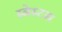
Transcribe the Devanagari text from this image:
स्बेस्टस